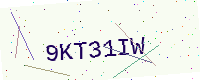
Text: 9KT31IW